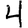
Digit: 4